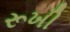
રૂખી